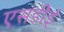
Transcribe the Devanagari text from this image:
एसडीई